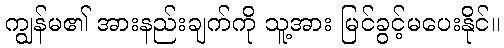
ကျွန်မ၏ အားနည်းချက်ကို သူ့အား မြင်ခွင့်မပေးနိုင်။